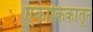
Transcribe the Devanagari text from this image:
एकांकिकांतून